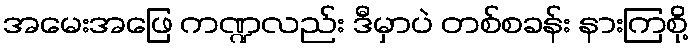
အမေးအဖြေ ကဏ္ဍလည်း ဒီမှာပဲ တစ်စခန်း နားကြစို့